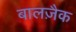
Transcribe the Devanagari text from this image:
बालज़ैक